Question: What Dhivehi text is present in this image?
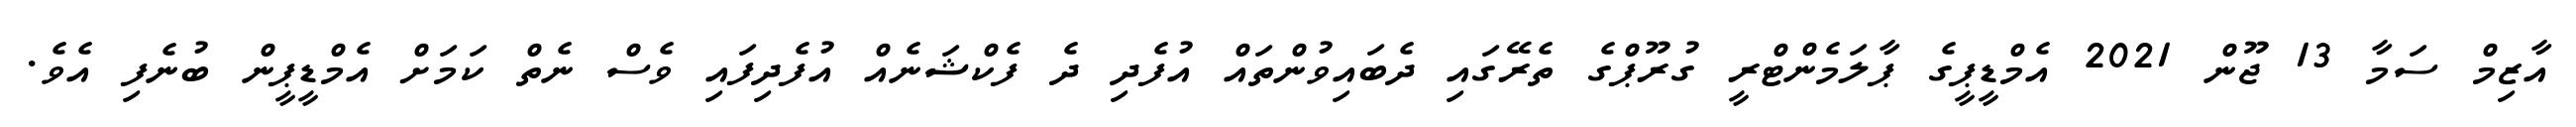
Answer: އާޒިމް ސަމާ 13 ޖޫން 2021 އެމްޑީޕީގެ ޕާލަމެންޓްރީ ގުރޫޕްގެ ތެރޭގައި ދެބައިވުންތައް އުފެދި ދެ ފެކްޝަނެއް އުފެދިފައި ވެސް ނެތް ކަމަށް އެމްޑީޕީން ބުނެފި އެވެ.